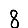
Digit: 8